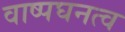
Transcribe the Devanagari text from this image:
वाष्पघनत्व